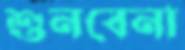
শুনবেনা